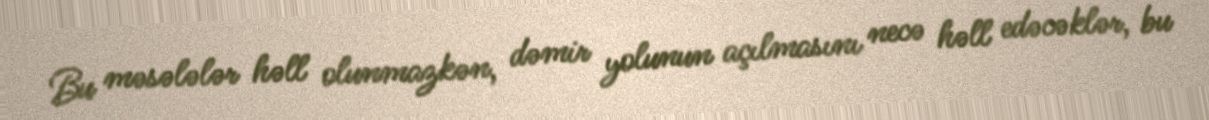
Bu məsələlər həll olunmazkən, dəmir yolunun açılmasını necə həll edəcəklər, bu